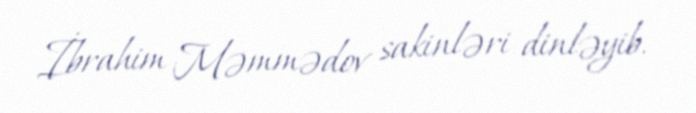
İbrahim Məmmədov sakinləri dinləyib.